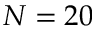
N = 2 0